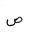
Letter: _sad